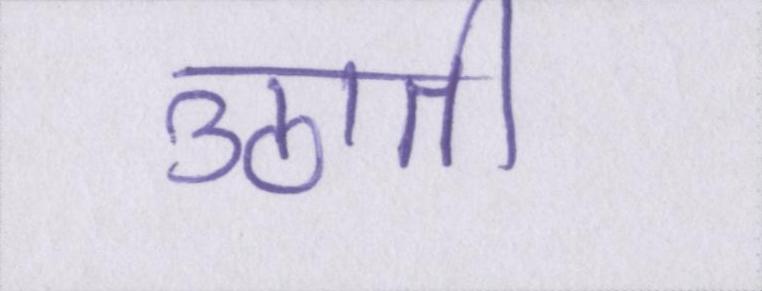
उठाती